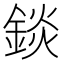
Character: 錟